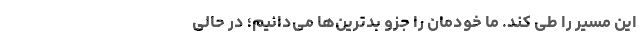
این مسیر را طی کند. ما خودمان را جزو بدترین‌ها می‌دانیم؛ در حالی‌